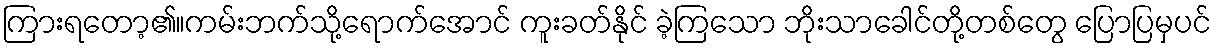
ကြားရတော့၏။ကမ်းဘက်သို့ရောက်အောင် ကူးခတ်နိုင် ခဲ့ကြသော ဘိုးသာခေါင်တို့တစ်တွေ ပြောပြမှပင်